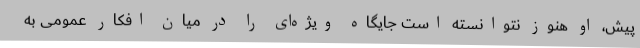
پیش، او هنوز نتوانسته است جایگاه ویژه‌ای را در میان افکار عمومی به